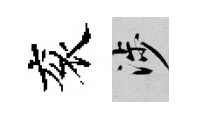
衮涉